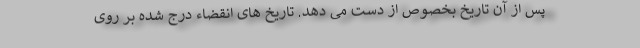
پس از آن تاریخ بخصوص از دست می دهد. تاریخ های انقضاء درج شده بر روی